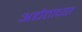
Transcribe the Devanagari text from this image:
अद्यैताच्या